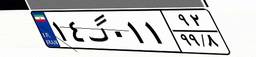
۱۴گ۰۱۱۹۲